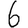
Digit: 6